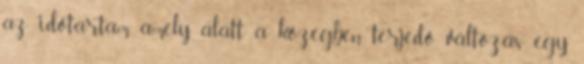
az időtartam, amely alatt a közegben terjedő változás egy